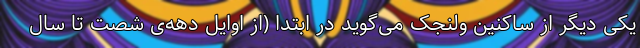
یکی دیگر از ساکنین ولنجک می‌گوید در ابتدا (از اوایل دهه‌ی شصت تا سال